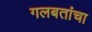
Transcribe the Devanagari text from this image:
गलबतांचा